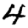
Digit: 4